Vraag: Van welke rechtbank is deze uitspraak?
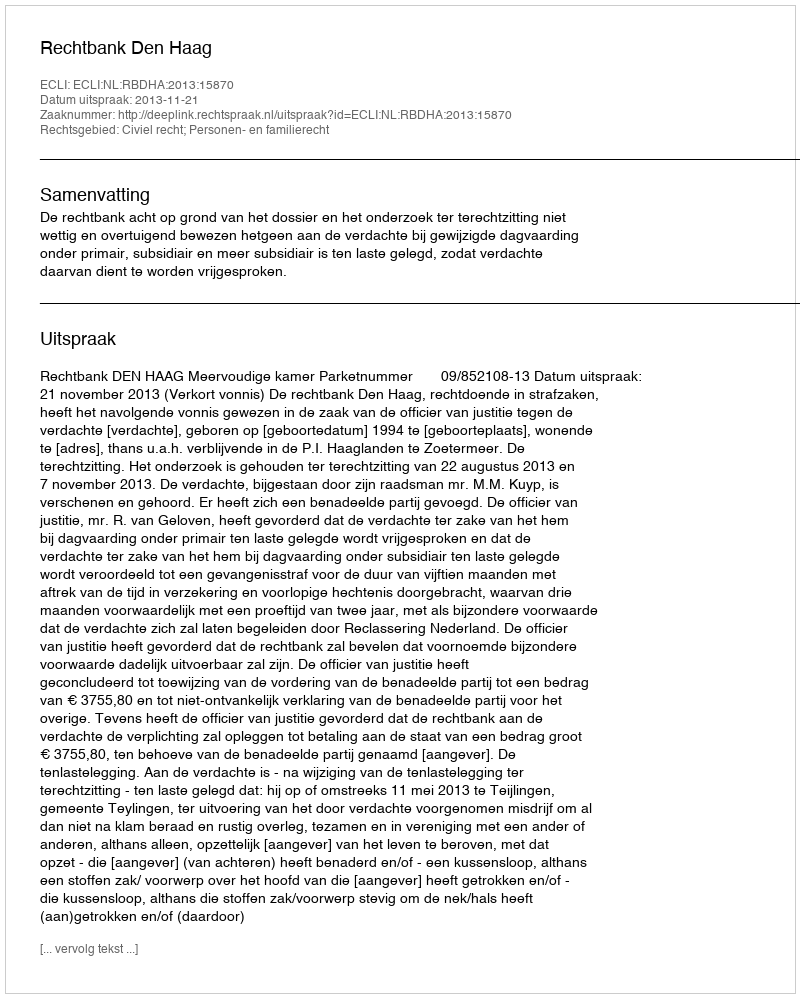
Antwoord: Rechtbank Den Haag